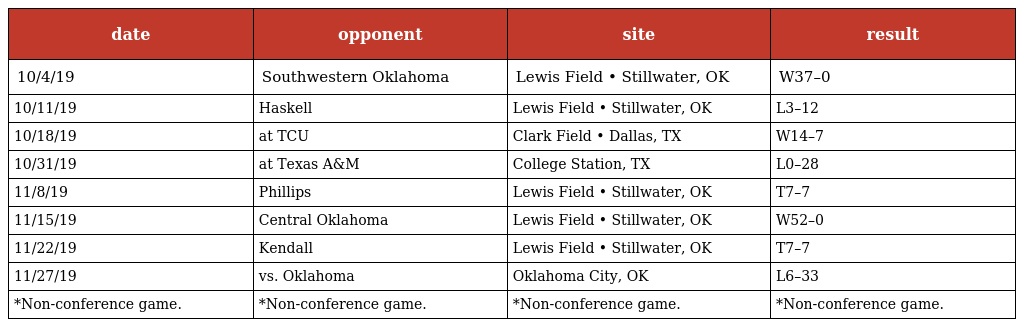
| date | opponent | site | result |
 | --- | --- | --- | --- |
 | 10/4/19 | Southwestern Oklahoma | Lewis Field • Stillwater, OK | W37–0 |
 | 10/11/19 | Haskell | Lewis Field • Stillwater, OK | L3–12 |
 | 10/18/19 | at TCU | Clark Field • Dallas, TX | W14–7 |
 | 10/31/19 | at Texas A&M | College Station, TX | L0–28 |
 | 11/8/19 | Phillips | Lewis Field • Stillwater, OK | T7–7 |
 | 11/15/19 | Central Oklahoma | Lewis Field • Stillwater, OK | W52–0 |
 | 11/22/19 | Kendall | Lewis Field • Stillwater, OK | T7–7 |
 | 11/27/19 | vs. Oklahoma | Oklahoma City, OK | L6–33 |
 | *Non-conference game. | *Non-conference game. | *Non-conference game. | *Non-conference game. |